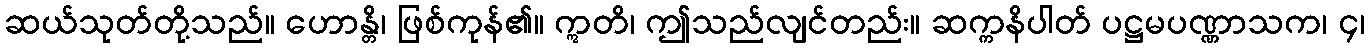
ဆယ်သုတ်တို့သည်။ ဟောန္တိ၊ ဖြစ်ကုန်၏။ ဣတိ၊ ဤသည်လျင်တည်း။ ဆက္ကနိပါတ် ပဋ္ဌမပဏ္ဏာသက၊ ၄၊